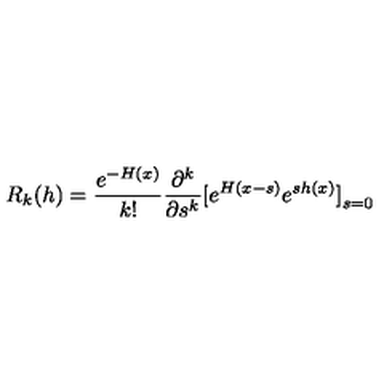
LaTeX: R _ { k } ( h ) = { \frac { e ^ { - H ( x ) } } { k ! } } { \frac { \partial ^ { k } } { \partial s ^ { k } } } \mathrm { \large [ } e ^ { H ( x - s ) } e ^ { s h ( x ) } \mathrm { \large ] } _ { s = 0 }